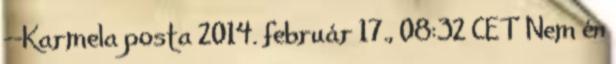
--Karmela posta 2014. február 17., 08:32 CET Nem én